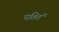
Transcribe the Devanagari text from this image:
पतितं